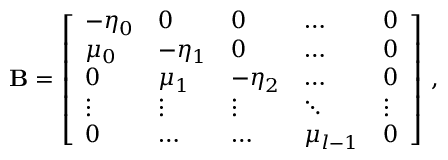
\mathbf { B } = \left[ \begin{array} { l l l l l } { - \eta _ { 0 } } & { 0 } & { 0 } & { \dots } & { 0 } \\ { \mu _ { 0 } } & { - \eta _ { 1 } } & { 0 } & { \dots } & { 0 } \\ { 0 } & { \mu _ { 1 } } & { - \eta _ { 2 } } & { \dots } & { 0 } \\ { \vdots } & { \vdots } & { \vdots } & { \ddots } & { \vdots } \\ { 0 } & { \dots } & { \dots } & { \mu _ { l - 1 } } & { 0 } \end{array} \right] \, ,